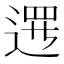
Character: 𨔍